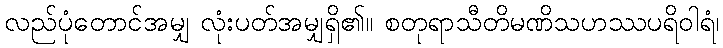
လည်ပုံတောင်အမျှ လုံးပတ်အမျှရှိ၏။ စတုရာသီတိမဏိသဟဿပရိဝါရံ၊